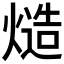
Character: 𰟔